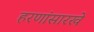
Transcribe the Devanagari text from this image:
हरणांसारखे